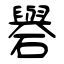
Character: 礜